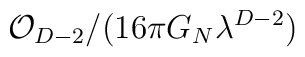
\mathcal{O}_{D-2}/(16\pi G_{N}\lambda ^{D-2})